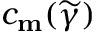
c _ { \mathbf { m } } ( \widetilde { \gamma } )